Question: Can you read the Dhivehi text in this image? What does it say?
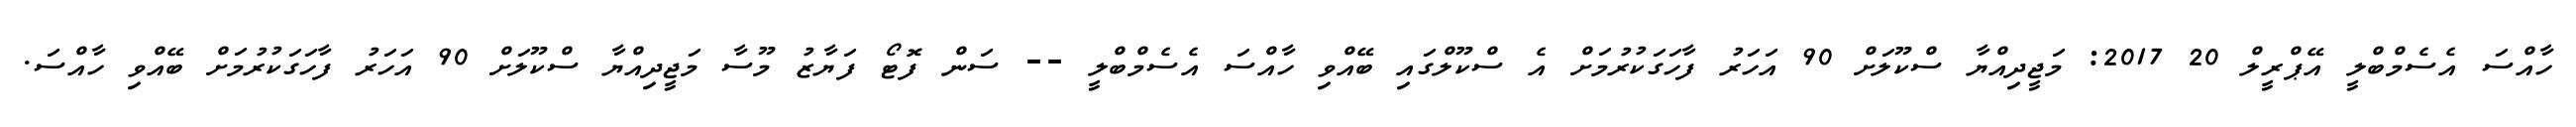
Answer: ހާއްސަ އެސެމްބްލީ އޭޕްރީލް 20 2017: މަޖީދިއްޔާ ސްކޫލަށް 90 އަހަރު ފާހަގަކުރުމަށް އެ ސްކޫލްގައި ބޭއްވި ހާއްސަ އެސެމްބްލީ -- ސަން ފޮޓޯ ފަޔާޒު މޫސާ މަޖީދިއްޔާ ސްކޫލަށް 90 އަހަރު ފާހަގަކުރުމަށް ބޭއްވި ހާއްސަ.